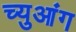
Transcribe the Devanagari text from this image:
च्युआंग